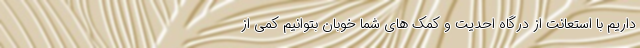
داریم با استعانت از درگاه احدیت و کمک های شما خوبان بتوانیم کمی از